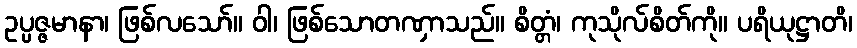
ဥပ္ပဇ္ဇမာနာ၊ ဖြစ်လသော်။ ဝါ၊ ဖြစ်သောတဏှာသည်။ စိတ္တံ၊ ကုသိုလ်စိတ်ကို။ ပရိယုဋ္ဌာတိ၊